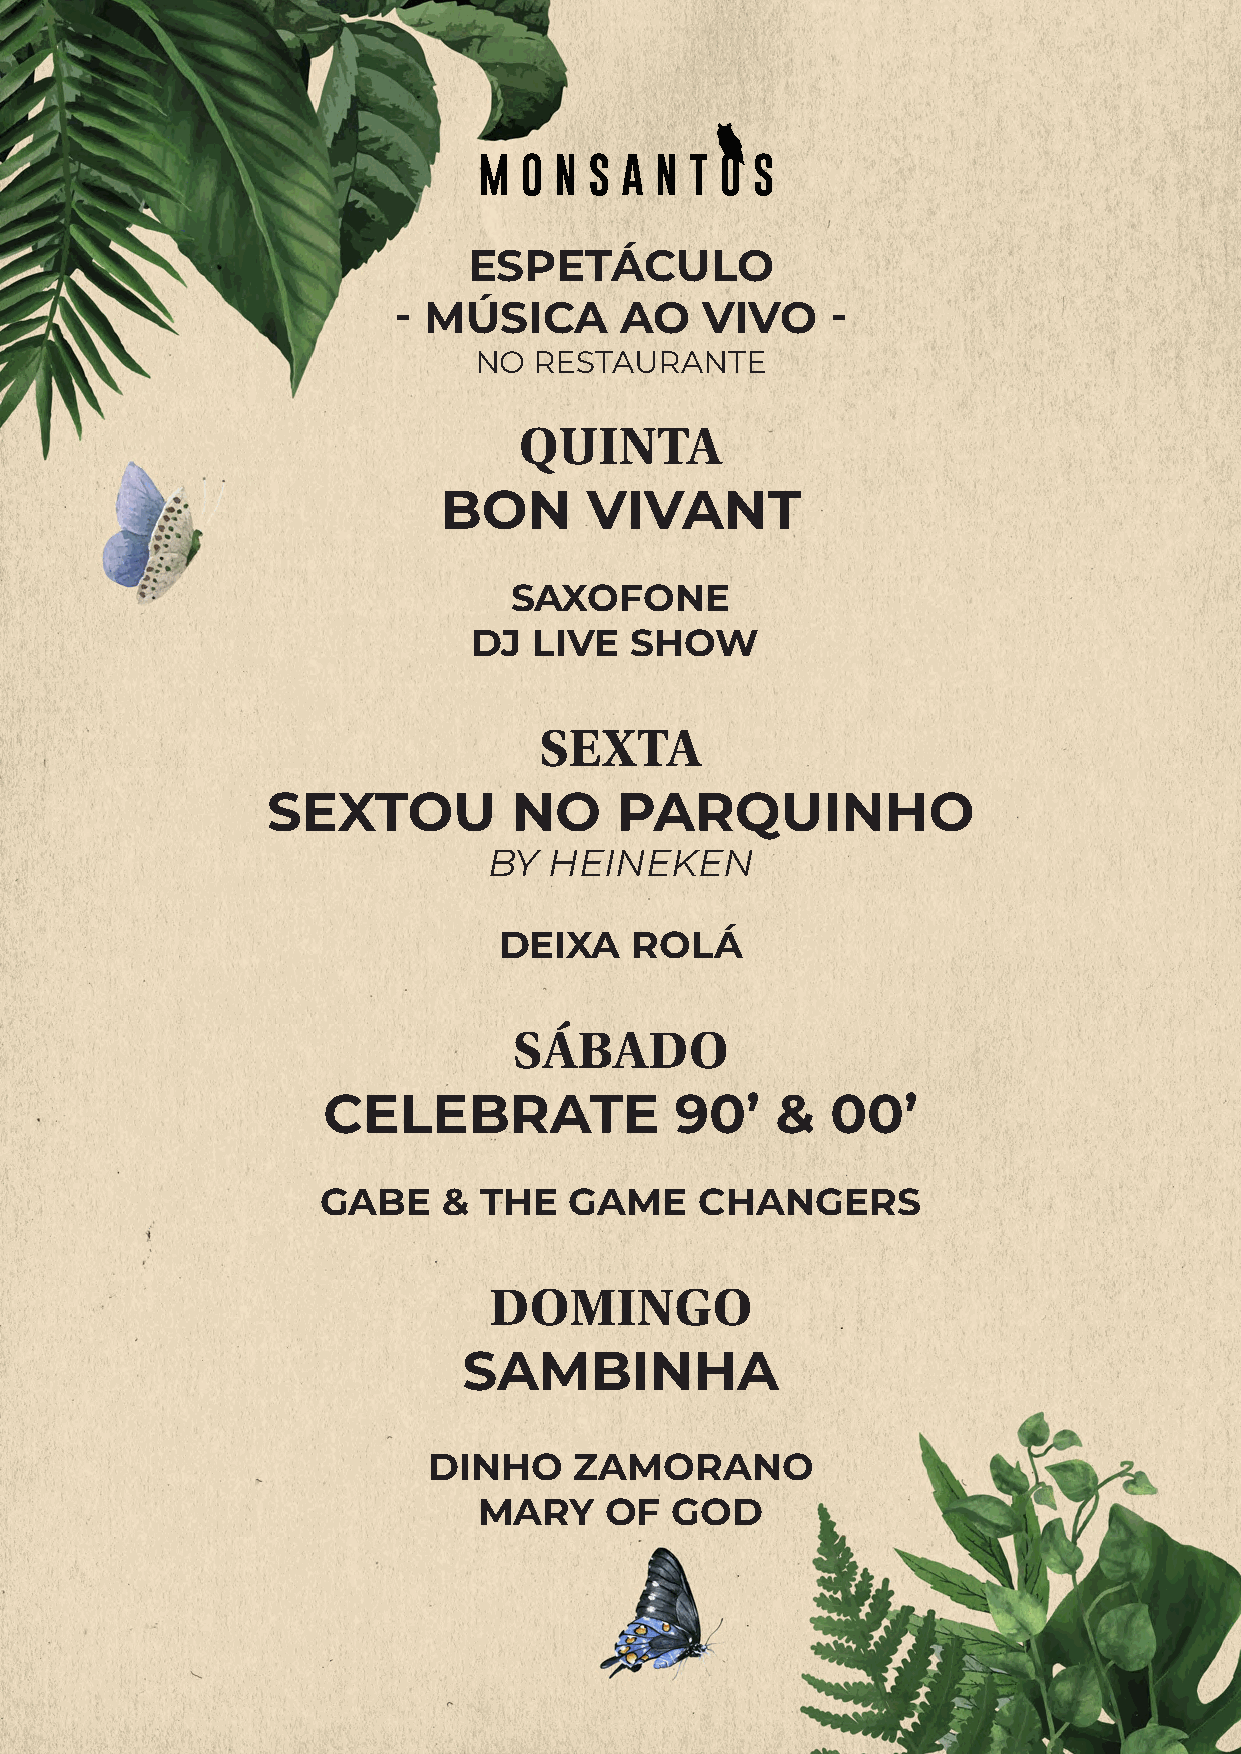
ESPETÁCULO
 - MÚSICA       AO   VIVO     -
 NO  RESTAURANTE
 QUINTA
 BON       VIVANT
 SAXOFONE
 DJ  LIVE   SHOW
 SEXTA
 SEXTOU          NO     PARQUINHO
 BY  HEINEKEN
 DEIXA    ROLÁ
 SÁBADO
 CELEBRATE               90’   &   00’
 GABE    &  THE   GAME    CHANGERS
 DOMINGO
 SAMBINHA
 DINHO     ZAMORANO
 MARY    OF  GOD